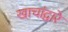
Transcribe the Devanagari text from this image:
खाचांद्वारे